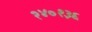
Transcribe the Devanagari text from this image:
२४०१३६